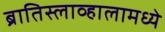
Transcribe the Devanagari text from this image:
ब्रातिस्लाव्हालामध्ये